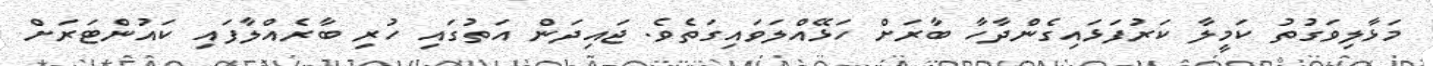
މަޅާލިވަގުތު ކަމީލާ ކަރުފަޅައިގެންދާހާ ބާރަށް ހަޅޭއްލަވައިގަތެވެ. ޖައިދަން އަތުގައި ހުރި ބާރެއްލާފައި ކައުންޓަރަށް